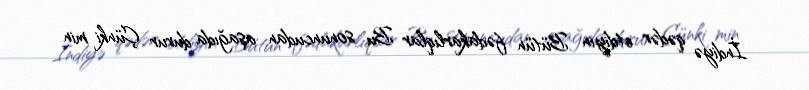
İndiyə qədər etdiyin Bütün fədakarlıqlar Bu sonuncudan aşağıda durur Çünki min